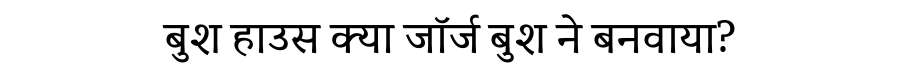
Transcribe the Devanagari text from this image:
बुश हाउस क्या जॉर्ज बुश ने बनवाया?